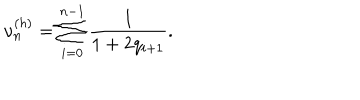
\nu _ { n } ^ { \left( h \right) } = \sum _ { i = 0 } ^ { n - 1 } \frac { 1 } { 1 + 2 q _ { i + 1 } } .